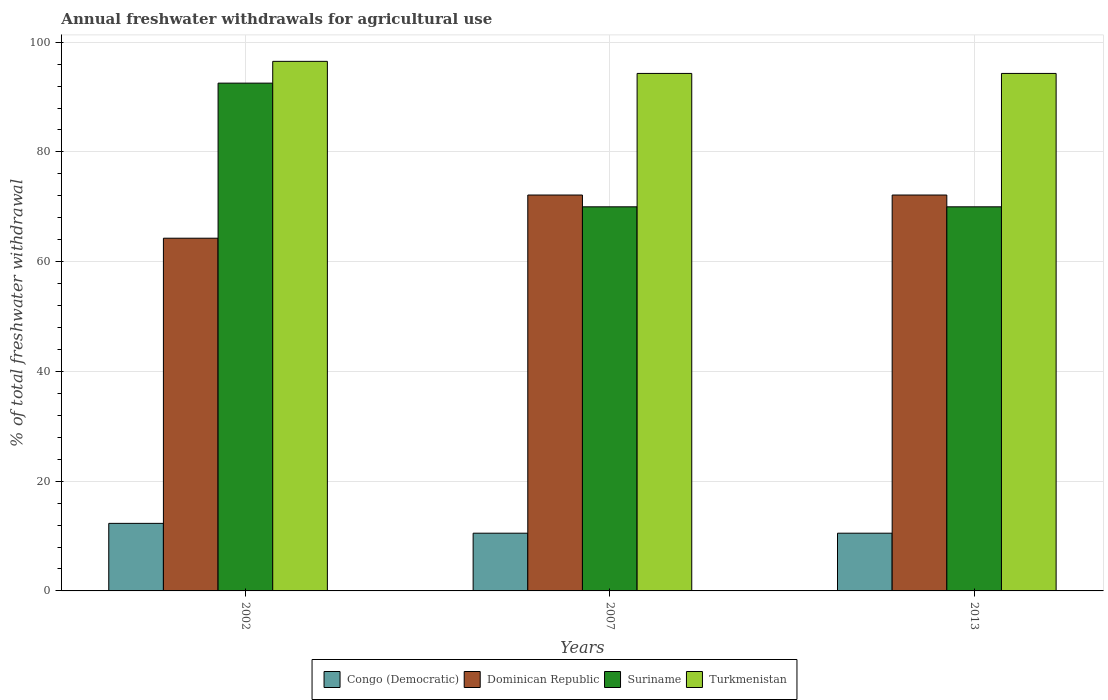
| Years | Congo (Democratic) | Dominican Republic | Suriname | Turkmenistan |
 | --- | --- | --- | --- | --- |
 | 2002 | 12.3 | 64.3 | 92.5 | 96.5 |
 | 2007 | 10.5 | 72.2 | 70 | 94.3 |
 | 2013 | 10.5 | 72.2 | 70 | 94.3 |